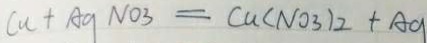
C u + A g N O _ { 3 } = C u ( N O _ { 3 } ) _ { 2 } + A g